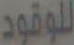
للوقود